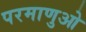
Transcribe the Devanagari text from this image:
परमाणुओ